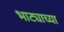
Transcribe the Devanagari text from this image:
भाट्याच्या